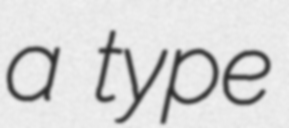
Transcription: a type